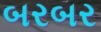
બરબર